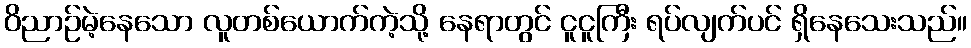
ဝိညာဉ်မဲ့နေသော လူတစ်ယောက်ကဲ့သို့ နေရာတွင် ငူငူကြီး ရပ်လျက်ပင် ရှိနေသေးသည်။